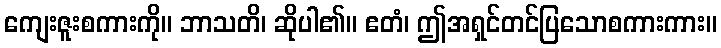
ကျေးဇူးစကားကို။ ဘာသတိ၊ ဆိုပါ၏။ ဧတံ၊ ဤအရှင်တင်ပြသောစကားကား။